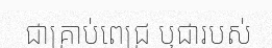
ជាគ្រាប់ពេជ្រ ឬជារបស់